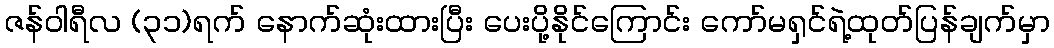
ဇန်ဝါရီလ (၃၁)ရက် နောက်ဆုံးထားပြီး ပေးပို့နိုင်ကြောင်း ကော်မရှင်ရဲ့ထုတ်ပြန်ချက်မှာ